Annual administration and progress report of the Indian Medical Department, Bombay
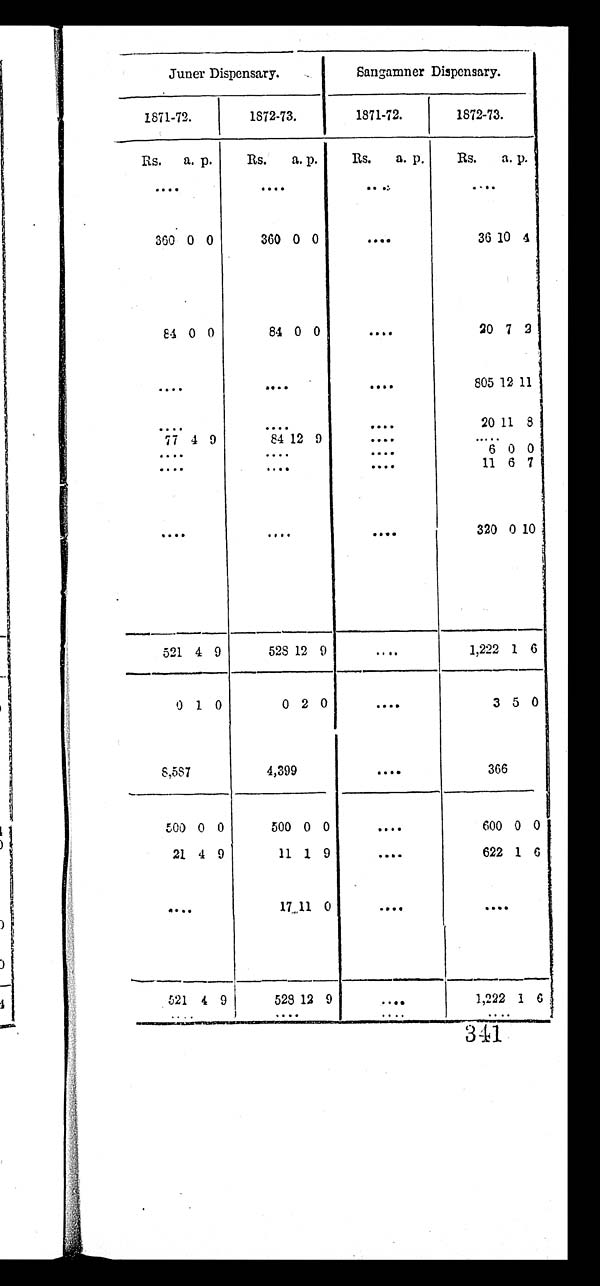
Juner Dispensary.
Sangamner Dispensary.
1871-72.
1872-73.
1871-72.
1872-73.
R s .
a. p.
R s . a. p.
Rs.
a. p.
Rs.
a. p.
. . .
. . .
. . .
. . .
360 0 0
360 0 0
. . .
3 6 10 4
8 4
0 0
84 0 0
. . .
20 7 2
. . .
. . .
. . .
805 12 11
. . .
. . .
. . .
20 11 8
77 4 9
84 12 9
. . .
. . .
. . .
. . .
. . .
6 0 0
. . .
. . .
. . .
11 6 7
. . .
. . .
. . .
320 0 10
521 4 9
528 12
9
. . .
1,222 1 6
0 1 0
0 2 0
. . .
3 5 0
8 , 5 8 7
4,399
. . .
366
5 0 0
0 0
500 0 0
. . .
600 0 0
21 4 9
11 1 9
. . .
622 1 6
. . .
1 7
11 0
. . .
. . .
521
4 9
528 12 9
. . .
1 , 2 2 2
1 6
. . . . . .
. . .
. . .
341